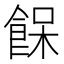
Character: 𩛴